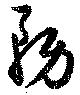
務